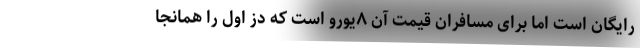
رایگان است اما برای مسافران قیمت آن ۸یورو است که دز اول را همانجا